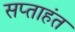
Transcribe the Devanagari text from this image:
सप्‍ताहंत